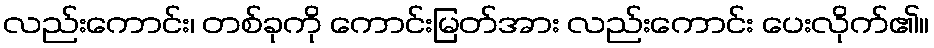
လည်းကောင်း၊ တစ်ခုကို ကောင်းမြတ်အား လည်းကောင်း ပေးလိုက်၏။